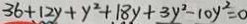
3 6 + 1 2 y + y ^ { 2 } + 1 8 y + 3 y ^ { 2 } - 1 0 y ^ { 2 } = 0